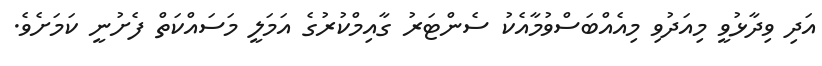
އަދި ވިދާޅުވީ މިއަދުވި މިއެއްބަސްވުމާއެކު ސެންޓަރު ގާއިމްކުރުގެ އަމަލީ މަސައްކަތް ފެށުނީ ކަމަށެވެ.